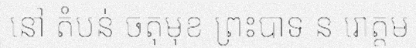
នៅ តំបន់ ចតុមុខ ព្រះបាទ ន រោត្តម